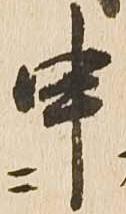
申